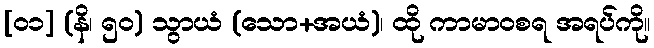
[၀၁] (နိ၊ ၅၀) သွာယံ (သော+အယံ)၊ ထို ကာမာဝစရ အရပ်ကို။